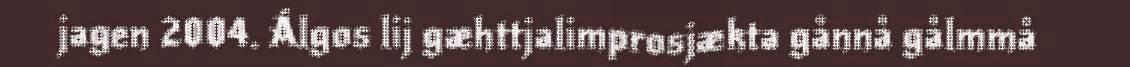
jagen 2004. Álgos lij gæhttjalimprosjækta gånnå gålmmå